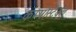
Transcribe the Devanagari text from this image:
कम्पोस्टेबल